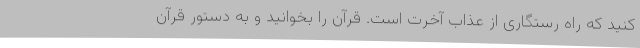
کنید که راه رستگاری از عذاب آخرت است. قرآن را بخوانید و به دستور قرآن